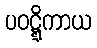
ပဝဋ္ဋိကာယ